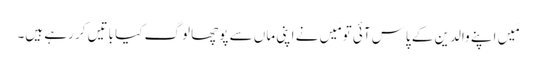
مَیں اپنے والدین کے پاس آئی تو مَیں نے اپنی ماں سے پوچھا لوگ کیا باتیں کر رہے ہیں۔